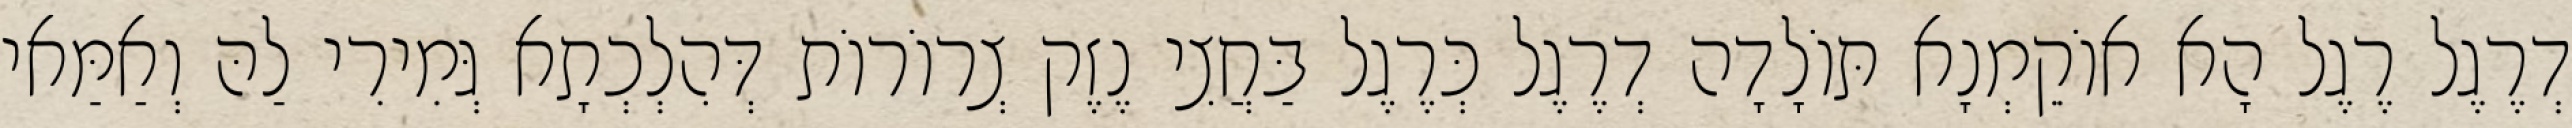
דְרֶגֶל רֶגֶל הָא אוֹקֵמְנָא תּוֹלָדָה דְרֶגֶל כְּרֶגֶל בַּחֲצִי נֶזֶק צְרוֹרוֹת דְּהִלְכְתָא גְּמִירִי לַהּ וְאַמַּאי